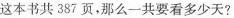
这本书共387页，那么一共要看多少天?